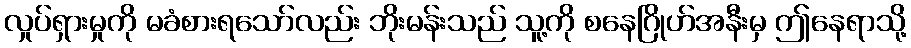
လှုပ်ရှားမှုကို မခံစားရသော်လည်း ဘိုးမန်းသည် သူ့ကို စနေဂြိုဟ်အနီးမှ ဤနေရာသို့